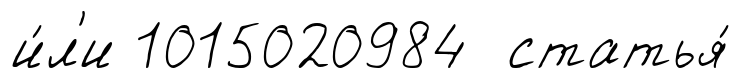
и́л'и 1015020984 статья́